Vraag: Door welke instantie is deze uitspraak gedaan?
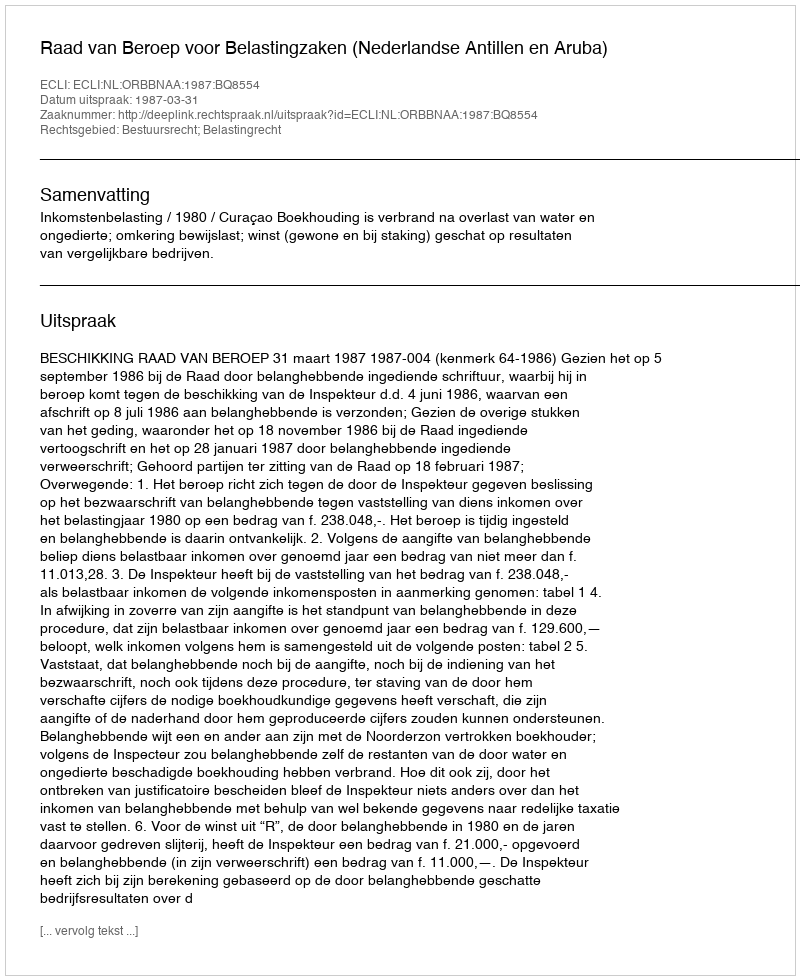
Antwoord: Raad van Beroep voor Belastingzaken (Nederlandse Antillen en Aruba)